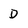
Character: D